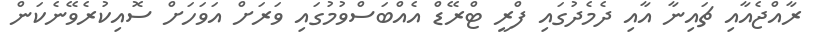
ރާއްޖެއާއި ޗައިނާ އާއި ދެމެދުގައި ފްރީ ޓްރޭޑް އެއްބަސްވުމުގައި ވަރަށް އަވަހަށް ސޮއިކުރެވޭނެކަން